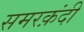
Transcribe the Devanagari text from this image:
समरक़ंदी